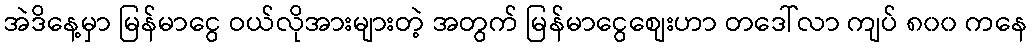
အဲဒိနေ့မှာ မြန်မာငွေ ဝယ်လိုအားများတဲ့ အတွက် မြန်မာငွေစျေးဟာ တဒေါ်လာ ကျပ် ၈၀၀ ကနေ